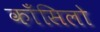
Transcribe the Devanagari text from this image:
काँसिलो